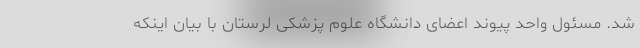
شد. مسئول واحد پیوند اعضای دانشگاه علوم پزشکی لرستان با بیان اینکه